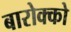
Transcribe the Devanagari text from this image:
बारोक्को